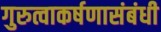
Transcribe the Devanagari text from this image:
गुरुत्वाकर्षणासंबंधी